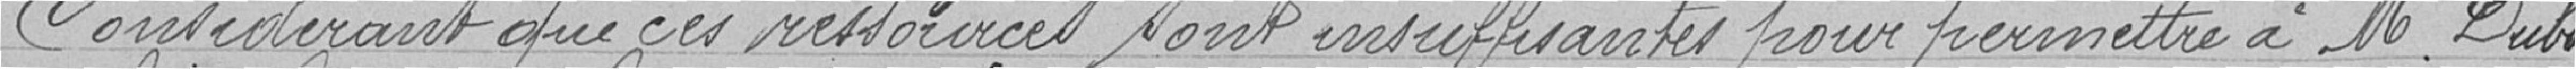
Considérant que ces ressources sont insuffisantes pour permettre à M. Dubs